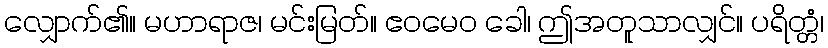
လျှောက်၏။ မဟာရာဇ၊ မင်းမြတ်။ ဧဝမေဝ ခေါ၊ ဤအတူသာလျှင်။ ပရိတ္တံ၊